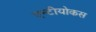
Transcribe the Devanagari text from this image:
एन्टीयोकस